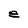
Character: e